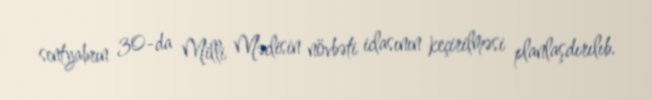
sentyabrın 30-da Milli Məclisin növbəti iclasının keçirilməsi planlaşdırılıb.